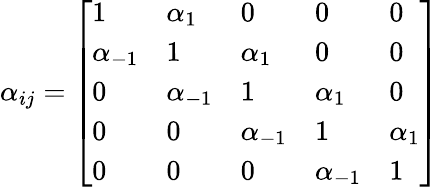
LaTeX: \alpha_{ij}={\left[\begin{array}{lllll}{1}&{\alpha_{1}}&{0}&{0}&{0}\\ {\alpha_{-1}}&{1}&{\alpha_{1}}&{0}&{0}\\ {0}&{\alpha_{-1}}&{1}&{\alpha_{1}}&{0}\\ {0}&{0}&{\alpha_{-1}}&{1}&{\alpha_{1}}\\ {0}&{0}&{0}&{\alpha_{-1}}&{1}\end{array}\right]}